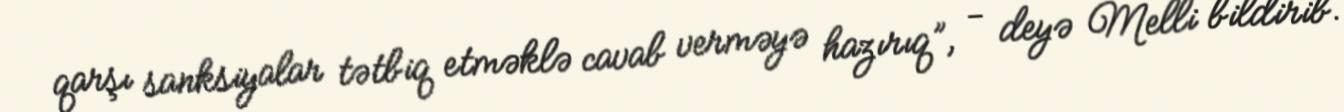
qarşı sanksiyalar tətbiq etməklə cavab verməyə hazırıq”, - deyə Melli bildirib.